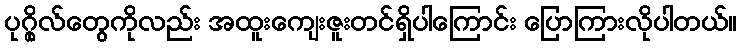
ပုဂ္ဂိုလ်တွေကိုလည်း အထူးကျေးဇူးတင်ရှိပါကြောင်း ပြောကြားလိုပါတယ်။